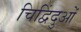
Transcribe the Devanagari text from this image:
चिद्विंदुओं